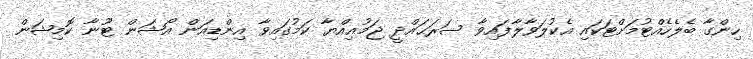
ހިންގާ ބެލެހެއްޓުމަށްޓަކައި އެކުލަވާލާފައިވާ ސަރަޙައްދީ ޖަމުޢިއްޔާ ކަމުގައިވާ އިންޑިއަން އޯޝަން ޓޫނާ ކޮމިޝަން